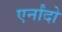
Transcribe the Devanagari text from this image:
एर्नांदो